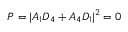
P = | A _ { 1 } D _ { 4 } + A _ { 4 } D _ { 1 } | ^ { 2 } = 0